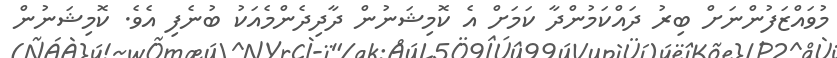
މުވައްޒަފުންނަށް ބިރު ދައްކަމުންދާ ކަމަށް އެ ކޮމިޝަނުން ދާދިދެންމެއަކު ބުނެފި އެވެ. ކޮމިޝަނުން